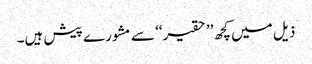
ذیل میں کچھ ’’حقیر‘‘ سے مشورے پیش ہیں۔